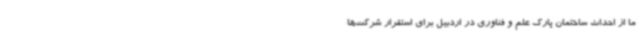
ما از احداث ساختمان پارک علم و فناوری در اردبیل برای استقرار شرکت‌ها